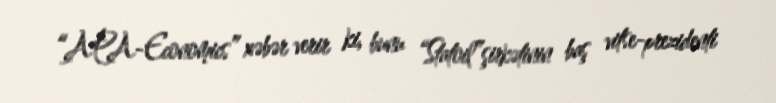
“APA-Economics” xəbər verir ki, bunu “Statoil”şirkətinin baş vitse-prezidenti